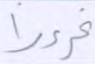
غرورا